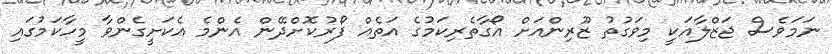
ނަމަވެސް ޖަޒްލާއަކީ މިވަގުތު ޒޫރިންއަށް އޯގާތެރިކަމުގެ އަތެއް ފޯރުކޮށްދޭން އެންމެ އެކަށީގެންވާ މީހާކަމުގައި